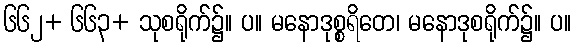
၆၆၂+ ၆၆၃+ သုစရိုက်၌။ ပ။ မနောဒုစ္စရိတေ၊ မနောဒုစရိုက်၌။ ပ။